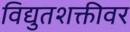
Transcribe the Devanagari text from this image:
विद्युतशक्तीवर